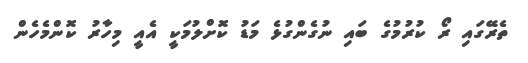
ތެރޭގައި ރޯ ކުރުމުގެ ބައި ނުގެންގުޅެ މަޑު ކޮށްލުމަކީ އެއީ މިހާރު ކޮންމެހެން